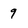
Character: 9